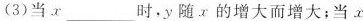
(3)当x___时，y随x的增大而增大；当x